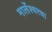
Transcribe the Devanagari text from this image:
मार्लेश्वरचा